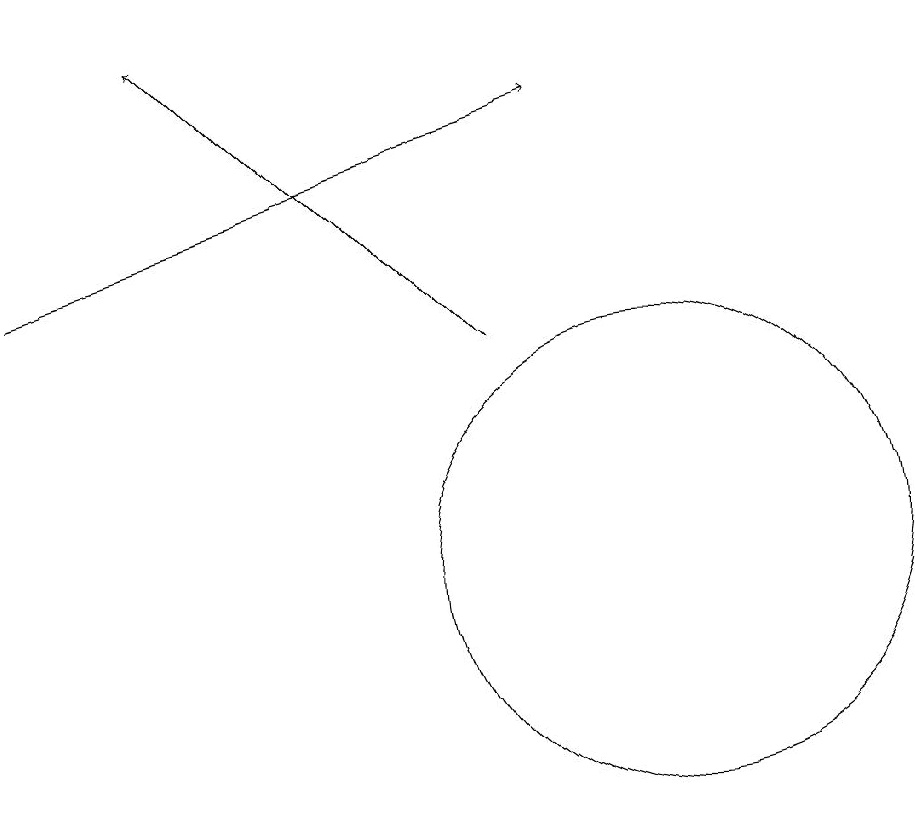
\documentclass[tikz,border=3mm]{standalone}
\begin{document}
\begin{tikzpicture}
\draw[->] (8,15) -- (4,19);
\draw[->] (2,16) -- (9,18);
\draw (10,12) circle (3);
\draw (10,11) circle (0);
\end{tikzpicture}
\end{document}